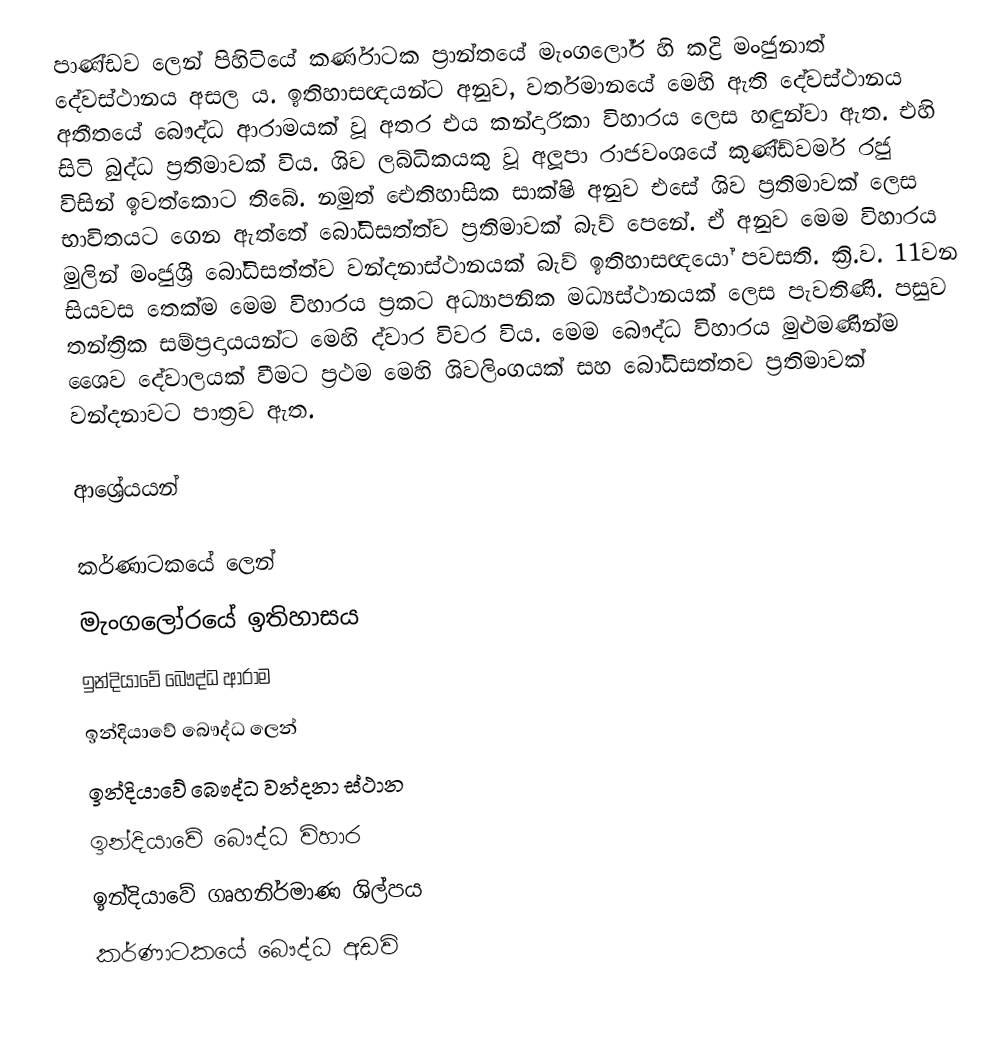
පාණ්ඩව ලෙන් පිහිටියේ කර්ණාටක ප්‍රාන්තයේ මැංගලෝර් හි කද්‍රි මංජුනාත් දේවස්ථානය අසල ය. ඉතිහාසඥයන්ට අනුව, වර්තමානයේ මෙහි ඇති දේවස්ථානය අතීතයේ බෞද්ධ ආරාමයක් වූ අතර එය කන්දාරිකා විහාරය ලෙස හඳුන්වා ඇත. එහි සිටි බුද්ධ ප්‍රතිමාවක් විය. ශිව ලබ්ධිකයකු වූ අලූපා රාජවංශයේ කුණ්ඩ්වර්ම රජු විසින් ඉවත්කොට තිබේ. නමුත් ඓතිහාසික සාක්ෂි අනුව එසේ ශිව ප්‍රතිමාවක් ලෙස භාවිතයට ගෙන ඇත්තේ බෝධිසත්ත්ව ප්‍රතිමාවක් බැව් පෙනේ. ඒ අනුව මෙම විහාරය මුලින් මංජුශ්‍රී බෝධිසත්ත්ව වන්දනාස්ථානයක් බැව් ඉතිහාසඥයෝ පවසති. ක්‍රි.ව. 11වන සියවස තෙක්ම මෙම විහාරය ප්‍රකට අධ්‍යාපනික මධ්‍යස්ථානයක් ලෙස පැවතිණි. පසුව තන්ත්‍රික සම්ප්‍රදායයන්ට මෙහි ද්වාර විවර විය. මෙම බෞද්ධ විහාරය මුළුමණින්ම ශෛව දේවාලයක් වීමට ප්‍රථම මෙහි ශිවලිංගයක් සහ බෝධිසත්තව ප්‍රතිමාවක් වන්දනාවට පාත්‍රව ඇත.

ආශ්‍රේයයන්

කර්ණාටකයේ ලෙන්
මැංගලෝරයේ ඉතිහාසය
ඉන්දියාවේ බෞද්ධ ආරාම
ඉන්දියාවේ බෞද්ධ ලෙන්
ඉන්දියාවේ බෞද්ධ වන්දනා ස්ථාන
ඉන්දියාවේ බෞද්ධ විහාර
ඉන්දියාවේ ගෘහනිර්මාණ ශිල්පය
කර්ණාටකයේ බෞද්ධ අඩවි